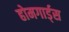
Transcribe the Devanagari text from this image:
होमगार्ड्‌स